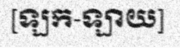
[ឡក-ឡាយ]